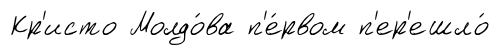
Кр'исто Молдо́ва п'е́рвом п'ер'ешло́